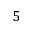
5